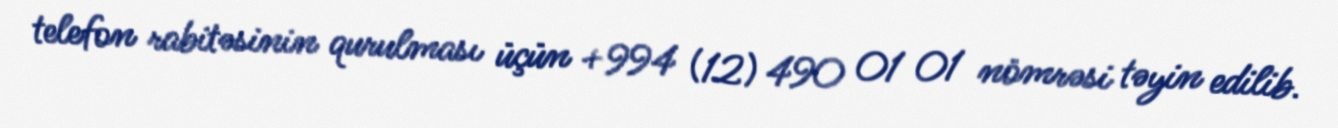
telefon rabitəsinin qurulması üçün +994 (12) 490 01 01 nömrəsi təyin edilib.